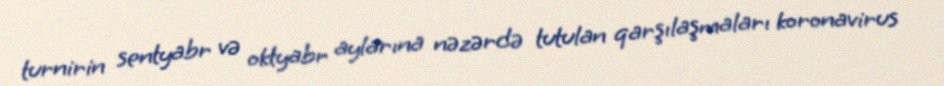
turnirin sentyabr və oktyabr aylarına nəzərdə tutulan qarşılaşmaları koronavirus